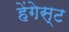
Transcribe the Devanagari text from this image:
हेंगेस्ट